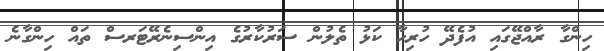
ހިންގާ ރާއްޖޭގައި އުފެދޭ ހުރިހާ ކަޅު ތެލުން ސަރުކާރުގެ އިންސިނެރޭޓަރސް ތައް ހިންގާނެ